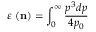
\varepsilon \ ( { \bf n } ) = \int _ { 0 } ^ { \infty } \frac { p ^ { 3 } d p } { 4 p _ { 0 } }